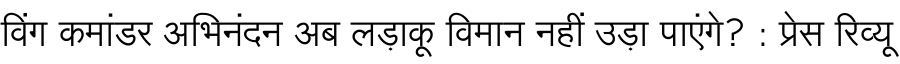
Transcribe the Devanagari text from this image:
विंग कमांडर अभिनंदन अब लड़ाकू विमान नहीं उड़ा पाएंगे? : प्रेस रिव्यू